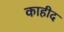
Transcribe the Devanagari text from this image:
काहीद